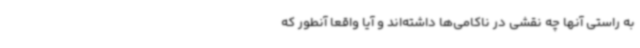
به راستی آنها چه نقشی در ناکامی‌ها داشته‌اند و آیا واقعا آنطور که